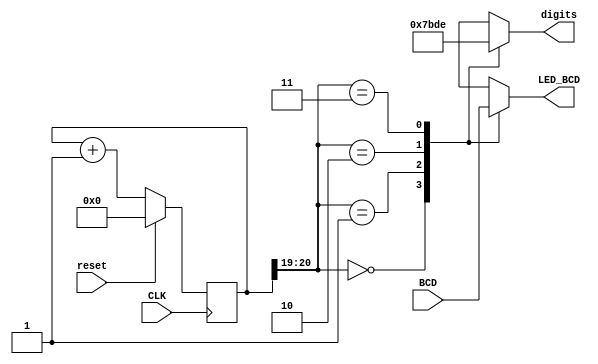
//Decoder
// Developed by Jesus Adrian Guerra with help from Rhyan Johnson and Jeneane Amin
//Decoder to set the placement of the 7 segment display

module Decoder(

    input CLK,
    input [15:0]BCD,
    input reset,
    output reg [3:0]digits,
    output reg [3:0]LED_BCD
);
reg [20:0] refresh_counter;
wire [1:0]countout;
    always @(posedge CLK)
         begin
            case(reset)
            1'b1: refresh_counter <= 0;
            default: refresh_counter <= refresh_counter + 1;
            endcase
         end

    assign countout = refresh_counter[20:19];
 always @(*)
 
     begin
          case(countout)
               2'b00: begin
                    digits = 4'b0111;
                    LED_BCD = BCD[15:12];
               end
               2'b01: begin
                    digits = 4'b1011;
                    LED_BCD = BCD[11:8];
               end
               2'b10: begin
                    digits = 4'b1101;                 
                    LED_BCD = BCD[7:4];
               end
               2'b11: begin
                    digits = 4'b1110;
                    LED_BCD = BCD[3:0];
               end

          endcase

     end
     
endmodule